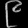
Digit: ၉